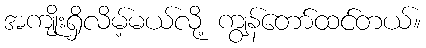
အကျိုးရှိလိမ့်မယ်လို့ ကျွန်တော်ထင်တယ်။